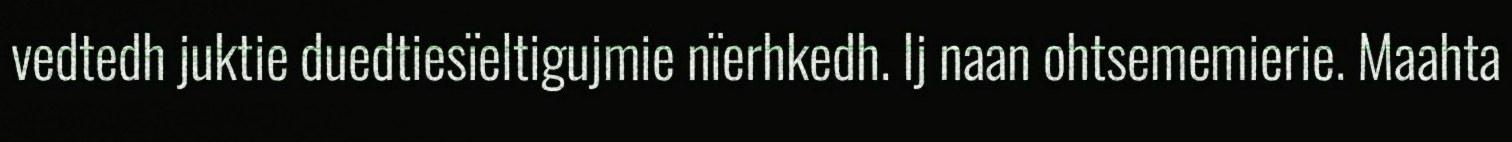
vedtedh juktie duedtiesïeltigujmie nïerhkedh. Ij naan ohtsememierie. Maahta